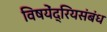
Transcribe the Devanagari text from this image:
विषयेंद्रियसंबंध